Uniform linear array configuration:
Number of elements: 12
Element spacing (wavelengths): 1
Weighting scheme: hamming
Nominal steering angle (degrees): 0
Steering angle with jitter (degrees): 0.3264
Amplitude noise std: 0.05
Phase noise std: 0.05

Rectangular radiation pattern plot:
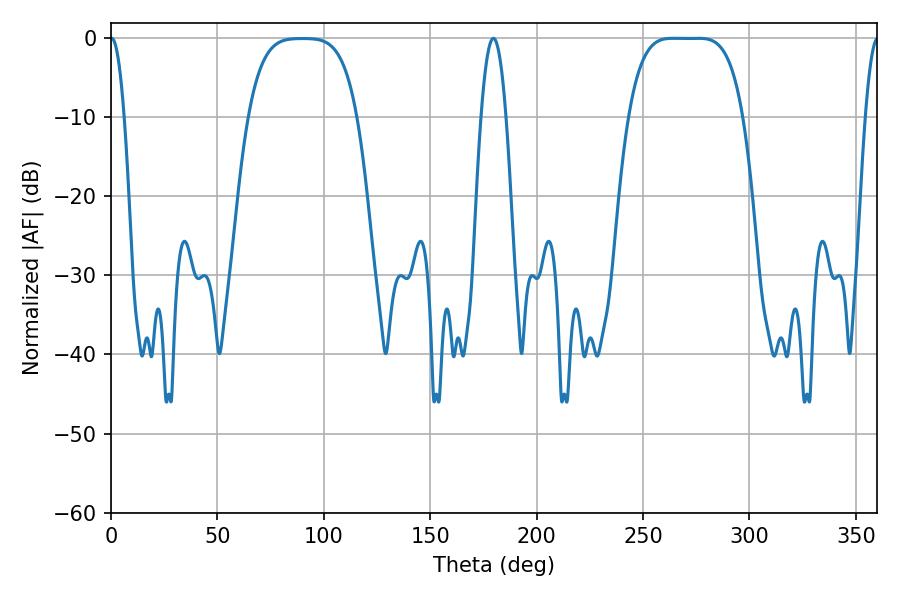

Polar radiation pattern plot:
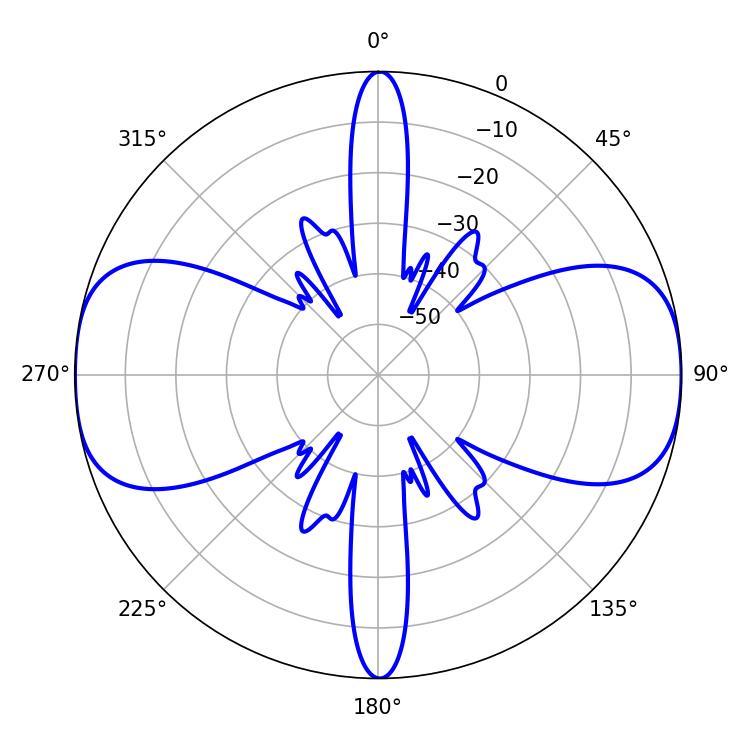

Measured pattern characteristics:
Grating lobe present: TRUE
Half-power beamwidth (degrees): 40.68
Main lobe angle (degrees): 264.06